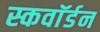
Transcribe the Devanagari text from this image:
स्कवाॅर्डन